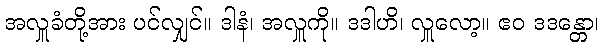
အလှူခံတို့အား ပင်လျှင်။ ဒါနံ၊ အလှူကို။ ဒဒါဟိ၊ လှူလော့။ ဧဝ ဒဒန္တော၊